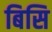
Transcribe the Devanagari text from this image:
बिसि